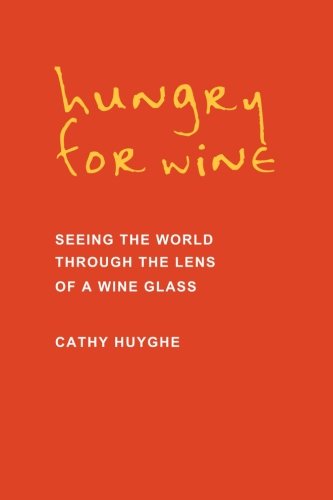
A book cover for Hungry for Wine: Seeing the World Through the Lens of a Wine Glass; Cathy Huyghe; Cookbooks, Food & Wine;